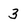
Character: 3